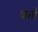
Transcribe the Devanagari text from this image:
शर्तां